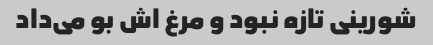
شورینی تازه نبود و مرغ اش بو می‌داد